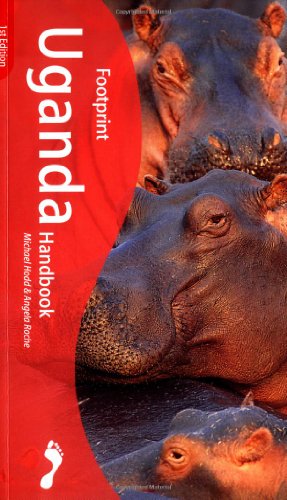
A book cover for Footprint Uganda Handbook: The Travel Guide; Mike Hodd; Travel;